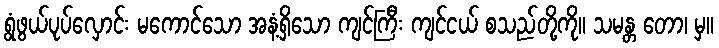
ရွံဖွယ်ပုပ်လှောင်း မကောင်သော အနံ့ရှိသော ကျင်ကြီး ကျင်ငယ် စသည်တို့ကို။ သမန္တ တော၊ မှ။